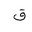
Letter: _qaf